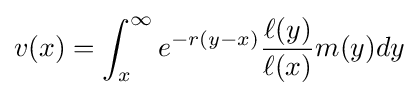
v(x)=\int _{x}^{\infty }e^{-r(y-x)}{\frac {\ell (y)}{\ell (x)}}m(y)dy